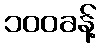
၁၀၀ခန့်